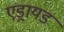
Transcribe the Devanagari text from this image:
एड्रायड